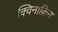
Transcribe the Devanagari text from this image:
क्विनाक्रिन